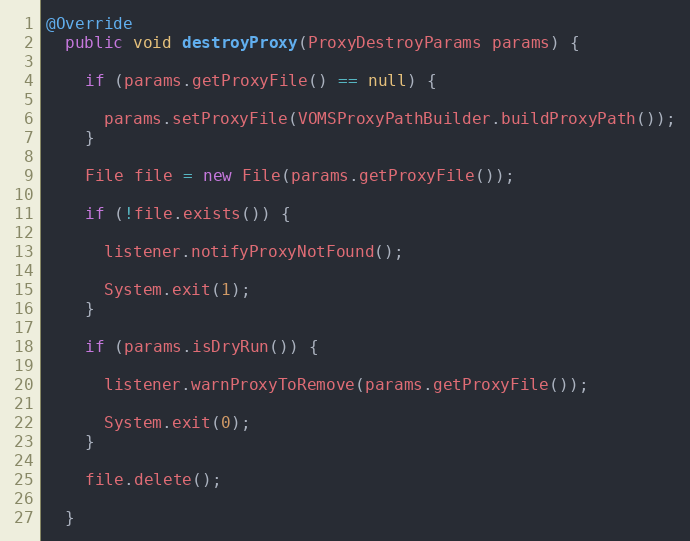
Language: Java
@Override
  public void destroyProxy(ProxyDestroyParams params) {

    if (params.getProxyFile() == null) {

      params.setProxyFile(VOMSProxyPathBuilder.buildProxyPath());
    }

    File file = new File(params.getProxyFile());

    if (!file.exists()) {

      listener.notifyProxyNotFound();

      System.exit(1);
    }

    if (params.isDryRun()) {

      listener.warnProxyToRemove(params.getProxyFile());

      System.exit(0);
    }

    file.delete();

  }